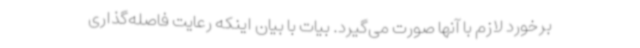
برخورد لازم با آنها صورت می‌گیرد. بیات با بیان اینکه رعایت فاصله‌گذاری